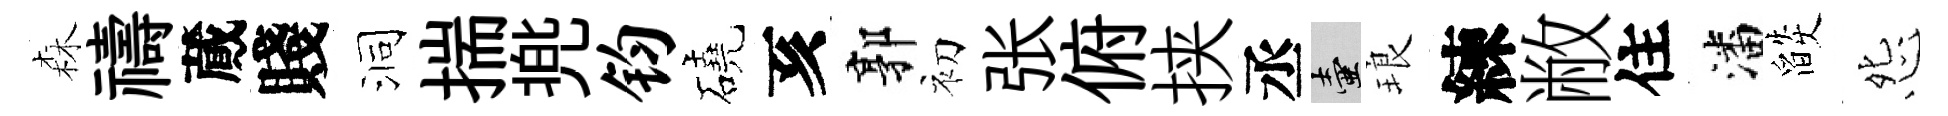
森禱蕆賤洞揣兠钧磽亥郭初张俯挟丞壺琅練敝住潘燄怨